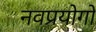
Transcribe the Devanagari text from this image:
नवप्रयोगों